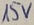
Text: 15V